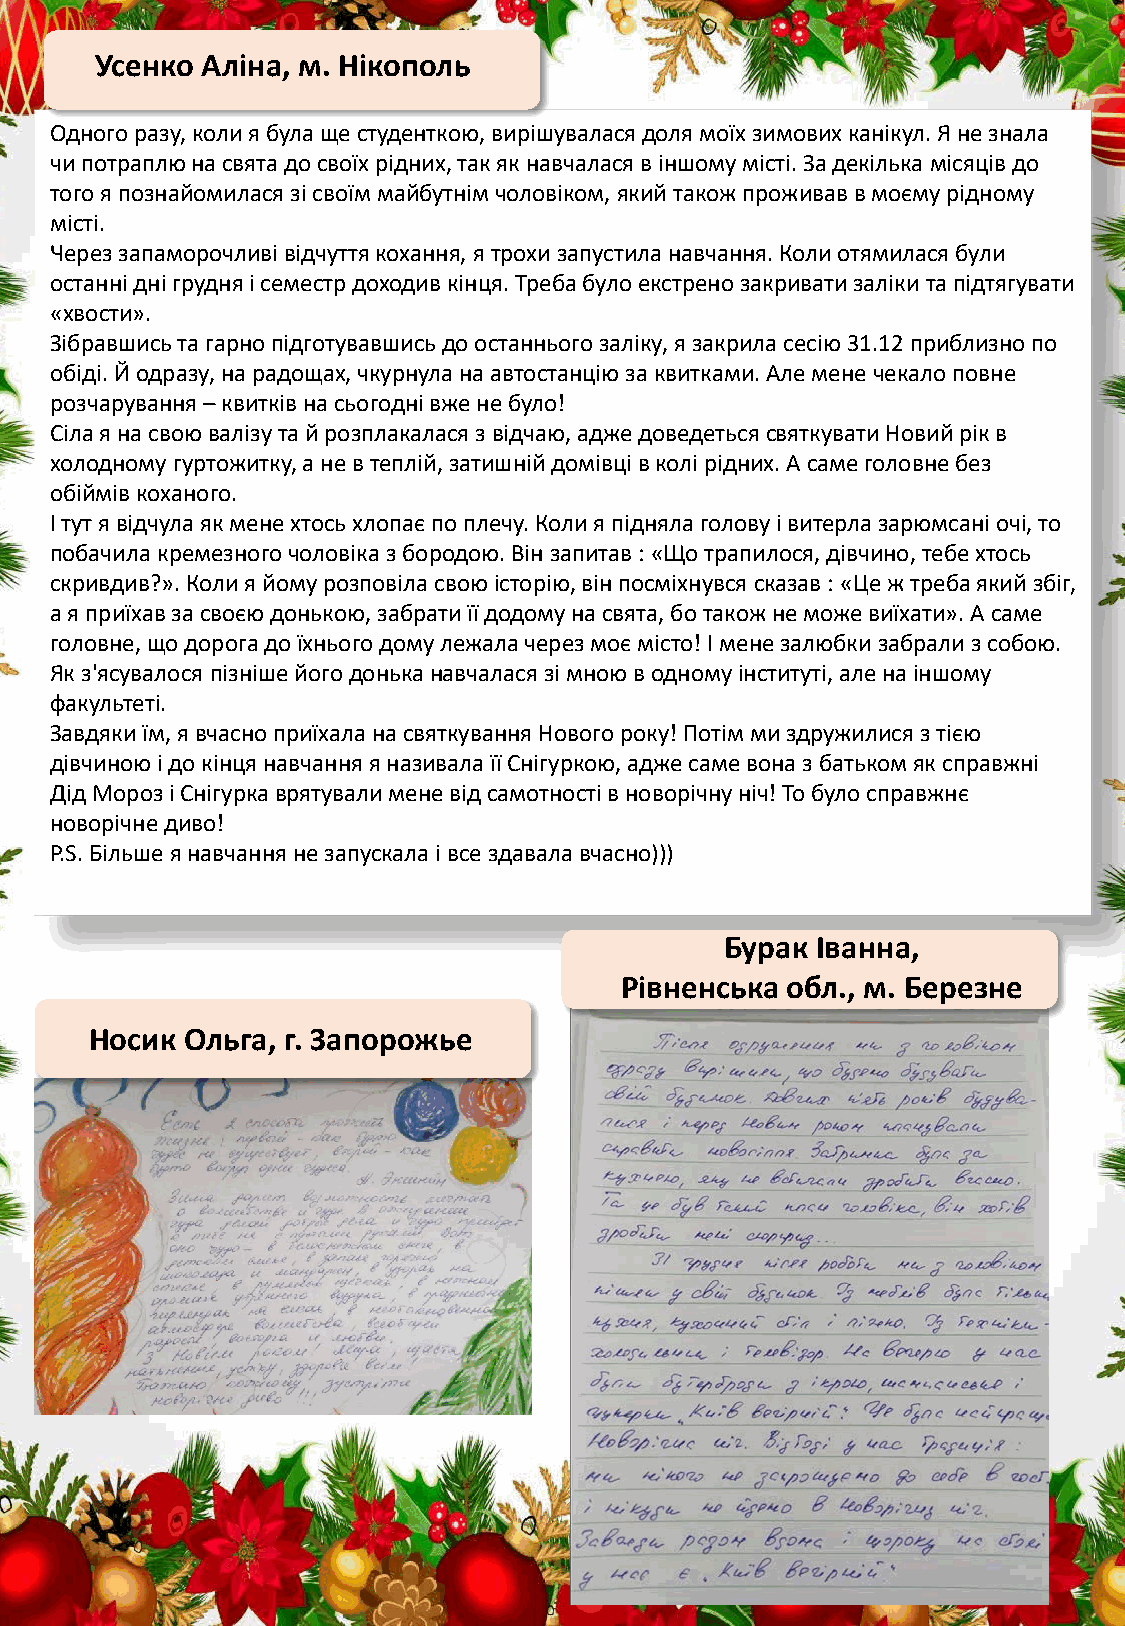
Усенко Аліна, м. Нікополь
 Одного разу, коли я булащестуденткою, вирішуваласядоля моїхзимовихканікул. Я не знала
 чипотраплюна свята до своїхрідних, так як навчаласяв іншомумісті. За декілька місяцівдо
 того я познайомиласязісвоїммайбутнімчоловіком, якийтакожпроживав в моємурідному
 місті.
 Через запаморочливівідчуттякохання, я трохизапустила навчання. Коли отямиласябули
 останніднігрудняі семестр доходив кінця. Треба булоекстренозакриватизалікита підтягувати
 «хвости».
 Зібравшисьта гарнопідготувавшисьдо останньогозаліку, я закриласесію31.12 приблизнопо
 обіді. Й одразу, на радощах, чкурнулана автостанціюза квитками. Але мене чекалоповне
 розчарування–квитківна сьогоднівжене було!
 Сілая на свою валізута й розплакаласяз відчаю, аджедоведетьсясвяткуватиНовийрікв
 холодному гуртожитку, а не в теплій, затишнійдомівців колірідних. А самеголовне без
 обіймівкоханого.
 І тут я відчулаяк мене хтосьхлопаєпо плечу. Коли я піднялаголову і витерлазарюмсаніочі, то
 побачилакремезногочоловіказ бородою. Вінзапитав : «Щотрапилося, дівчино, тебе хтось
 скривдив?». Коли я йомурозповіласвою історію, вінпосміхнувся сказав : «Цеж треба якийзбіг,
 а я приїхавза своєюдонькою, забратиїїдодомуна свята, ботакожне можевиїхати». А саме
 головне, щодорога до їхньогодому лежала через моємісто! І мене залюбкизабрали з собою.
 Як з'ясувалося пізнішейогодоньканавчаласязімною в одному інституті, але на іншому
 факультеті.
 Завдякиїм, я вчасноприїхалана святкування Нового року! Потімми здружилисяз тією
 дівчиноюі до кінцянавчанняя називалаїїСнігуркою, аджесамевона з батькомяк справжні
 ДідМороз і Снігуркаврятувалимене відсамотностів новорічнуніч! То булосправжнє
 новорічнедиво!
 P.S. Більшея навчанняне запускала і все здавалавчасно)))
 Бурак Іванна,
 Рівненська обл., м. Березне
 Носик Ольга, г. Запорожье